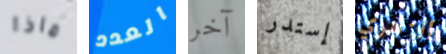
ماذا العدد آخر إستدر الزهري